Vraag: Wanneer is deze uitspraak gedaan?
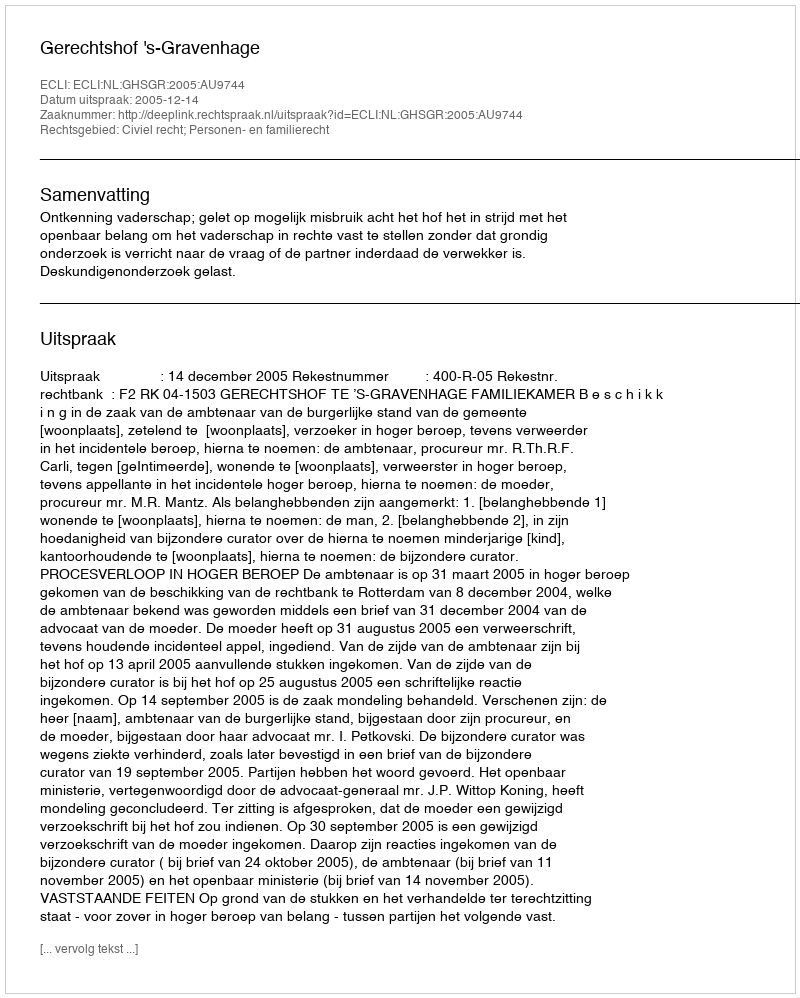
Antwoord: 2005-12-14